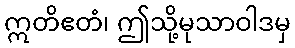
ဣတိဧတံ၊ ဤသို့မုသာဝါဒမှ